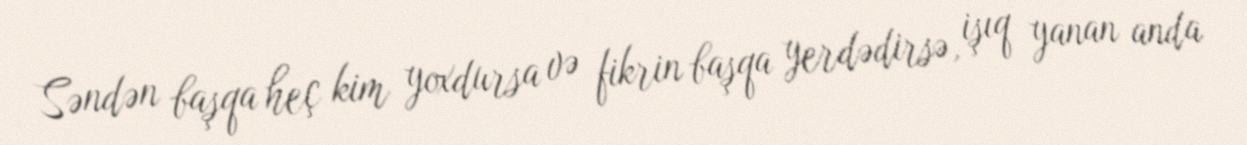
Səndən başqa heç kim yoxdursa və fikrin başqa yerdədirsə, işıq yanan anda